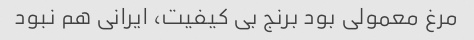
مرغ معمولی بود برنج بی کیفیت، ایرانی هم نبود